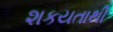
શકયતાથી